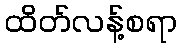
ထိတ်လန့်စရာ